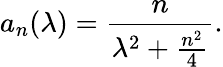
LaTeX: a_{n}(\lambda)=\frac{n}{\lambda^{2}+\frac{n^{2}}{4}}.